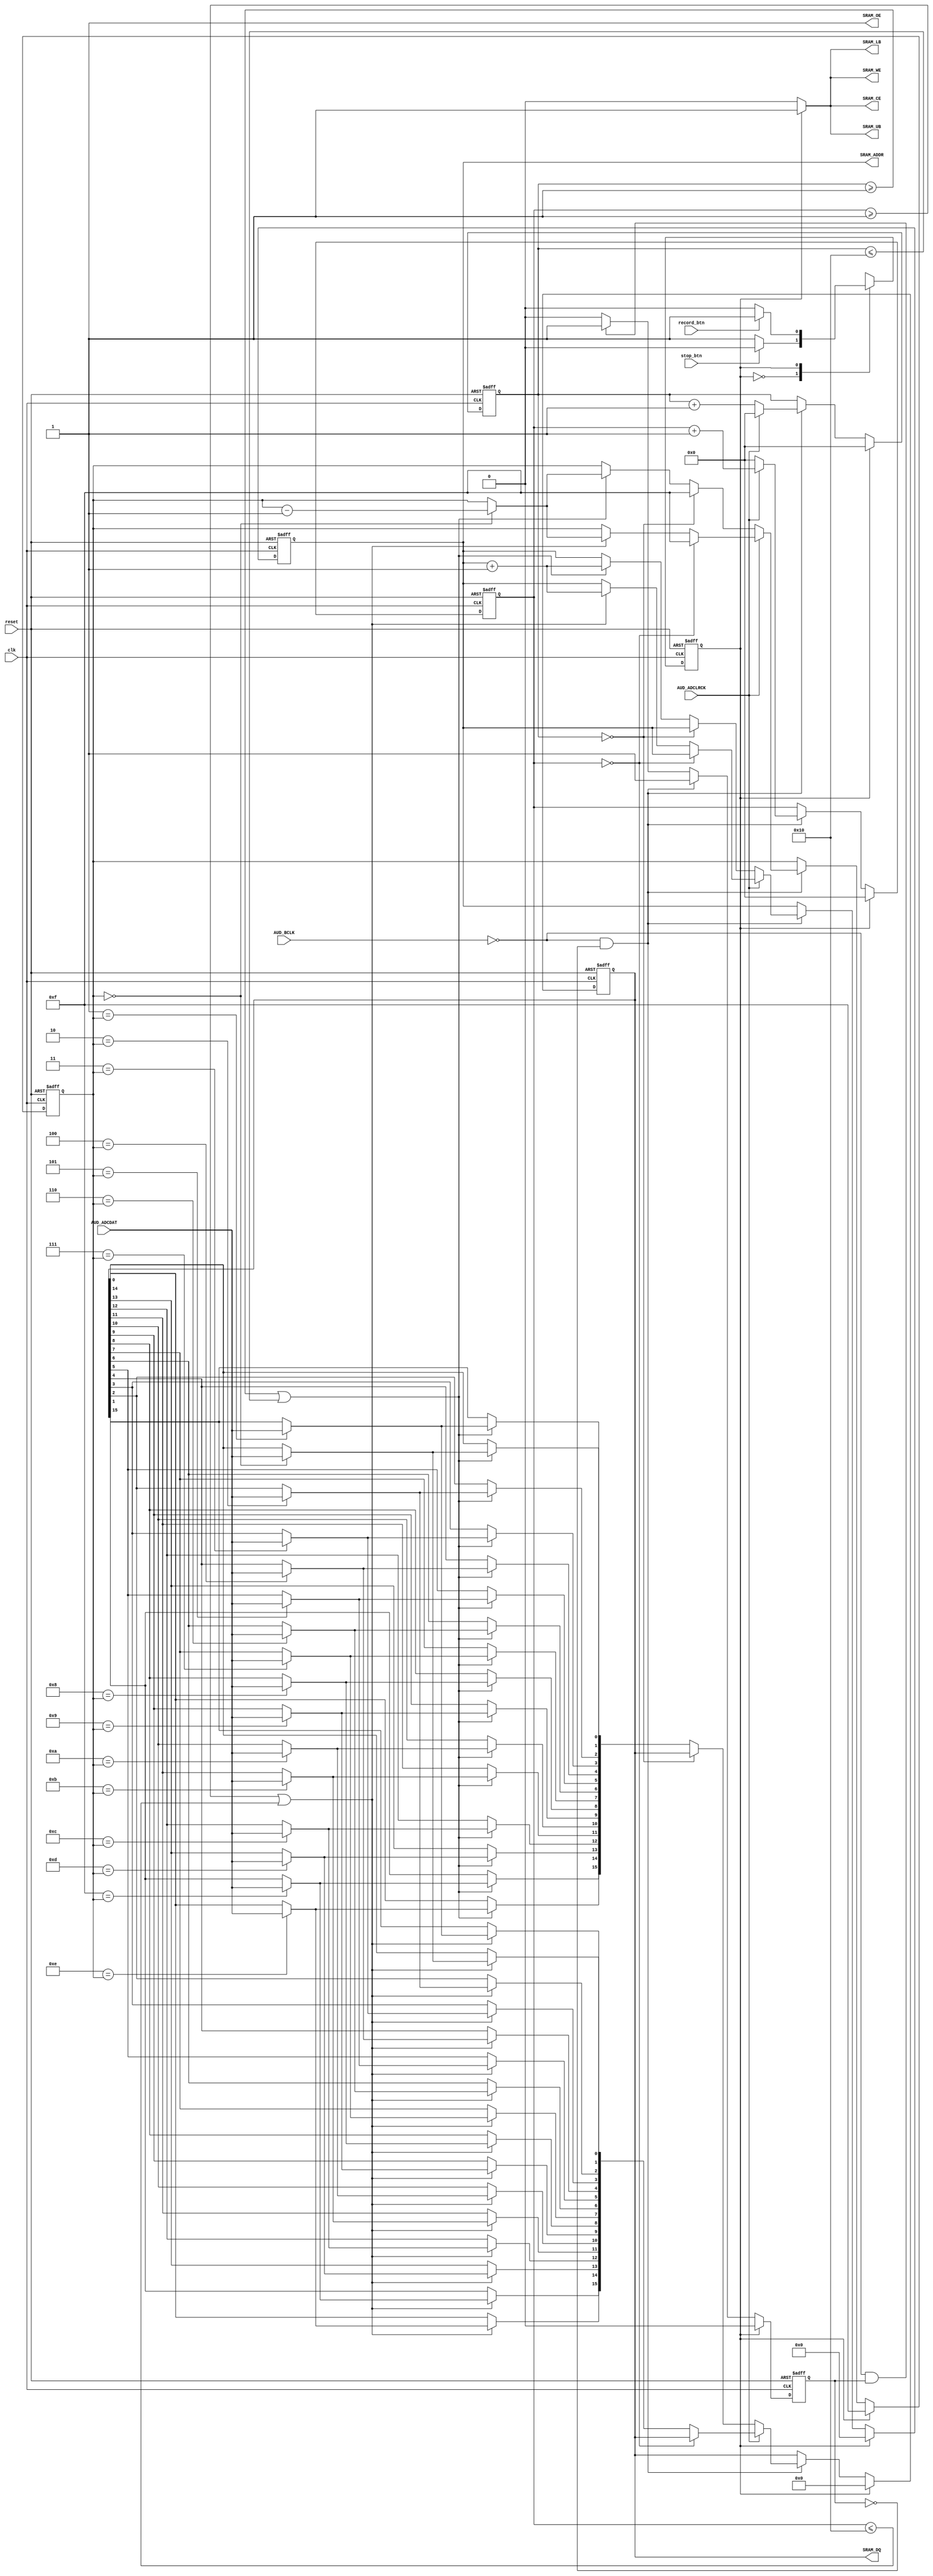
module recording (
reset,
clk,

//CODEC
AUD_BCLK,
AUD_ADCLRCK,
AUD_ADCDAT,

//Memory
SRAM_ADDR,
SRAM_DQ,
SRAM_OE,
SRAM_WE,
SRAM_CE,
SRAM_LB,
SRAM_UB,

//control
record_btn,
stop_btn
);

// ================= parameter definition ===================
    parameter RECORD = 1'b0;
    parameter STOP = 1'b1;
    
// ================= in/out declaration =====================
    // ---------------- input ----------------------------------
    input reset;
    input clk;
    
    // input AUD_XCK;
    input AUD_BCLK;
    input AUD_ADCLRCK;
    input AUD_ADCDAT;
    
    input record_btn;
    input stop_btn;
    
    // ---------------- output --------------------------------- 
    output [19:0] SRAM_ADDR;
    output [15:0] SRAM_DQ; // inout
    output SRAM_OE;
    output SRAM_WE;
    output SRAM_CE;
    output SRAM_LB;
    output SRAM_UB;

// ================= reg/wire declaration ===================
    reg  state;
    reg  next_state;
    reg  [19:0] addr;
    reg  [19:0] next_addr;
    reg  [4:0] clk_Lcounter;
    reg  [4:0] next_clk_Lcounter;
    reg  [4:0] clk_Rcounter;
    reg  [4:0] next_clk_Rcounter;
    reg  flag;
    reg  next_flag;
    reg  [15:0] dat;
    reg  [15:0] next_dat;
    reg  [3:0] DQ_bit;
    reg  [3:0] next_DQ_bit;

    
    integer i;
// ================= combinational part =====================
// finite state machine
always@(*) begin
    case (state)
        RECORD: begin
            if (stop_btn == 0) begin
                next_state = STOP;
            end
            else begin
                next_state = RECORD;
            end
        end
        
        STOP: begin
            if (record_btn == 0) begin
                next_state = RECORD;
            end
            else begin
                next_state = STOP;
            end
        end
    endcase
end

assign SRAM_CE = (state == RECORD)? 1'b0 : 1'b1;
assign SRAM_OE = (state == RECORD)? 1'b1 : 1'b1;
assign SRAM_WE = (state == RECORD)? 1'b0 : 1'b1;
assign SRAM_LB = (state == RECORD)? 1'b0 : 1'b1;
assign SRAM_UB = (state == RECORD)? 1'b0 : 1'b1;

assign SRAM_ADDR = addr;
assign SRAM_DQ = dat;

// record
always@(*) begin
    if (state == RECORD) begin
        if (AUD_BCLK == 0 && flag == 0) begin // a new clk
            // left channel
            if (AUD_ADCLRCK == 0) begin // left channel
                next_clk_Rcounter = 5'd0; // reset clk_Rcounter
                if (clk_Lcounter == 0) begin // waiting
                    next_clk_Lcounter = clk_Lcounter + 1;
                    next_flag = 1'b1;
                    next_addr = addr;
                    next_DQ_bit = 4'd15;
                    next_dat = dat;
                end
                else if (clk_Lcounter >= 1 || clk_Lcounter <= 16) begin // start ADCDAT
                    next_clk_Lcounter = clk_Lcounter + 1;
                    next_flag = 1'b1;
                    next_addr = addr + 1;
                    next_DQ_bit = (DQ_bit == 0)? DQ_bit - 4'd1 : DQ_bit;
                    
                    // assign dat
                    for ( i=0; i<16; i=i+1) begin
                        if (i == DQ_bit)
                            next_dat[i] = AUD_ADCDAT;
                        else
                            next_dat[i] = dat[i];
                    end
                end
                else begin // finish
                    next_clk_Lcounter = clk_Lcounter + 1;
                    next_flag = 1'b1;
                    next_addr = addr;
                    next_DQ_bit = DQ_bit;
                    next_dat = dat;
                end
            end
            // right channel
            else begin // right channel
                next_clk_Lcounter = 5'd0; // reset clk_Lcounter
                if (clk_Rcounter == 0) begin // waiting
                    next_clk_Rcounter = clk_Rcounter + 1;
                    next_flag = 1'b1;
                    next_addr = addr;
                    next_DQ_bit = 4'd15;
                    next_dat = dat;
                end
                else if (clk_Rcounter >= 1 || clk_Rcounter <= 16) begin // start ADCDAT
                    next_clk_Rcounter = clk_Rcounter + 1;
                    next_flag = 1'b1;
                    next_addr = addr + 1;
                    next_DQ_bit = (DQ_bit == 0)? DQ_bit - 4'd1 : DQ_bit;
                    
                    // assign dat
                    for ( i=0; i<16; i=i+1) begin
                        if (i == DQ_bit)
                            next_dat[i] = AUD_ADCDAT;
                        else
                            next_dat[i] = dat[i];
                    end
                end
                else begin // finish
                    next_clk_Rcounter = clk_Rcounter + 1;
                    next_flag = 1'b1;
                    next_addr = addr;
                    next_DQ_bit = DQ_bit;
                    next_dat = dat;
                end
            end
         end
         else if (AUD_BCLK == 0 && flag == 1) begin // same clk
            next_clk_Lcounter = clk_Lcounter;
            next_clk_Rcounter = clk_Rcounter;
            next_flag = 1'b1;
            next_addr = addr;
            next_DQ_bit = DQ_bit;
            next_dat = dat;
         end
         else begin // AUD_BCLK == 1
            next_clk_Lcounter = clk_Lcounter;
            next_clk_Rcounter = clk_Rcounter;
            next_flag = 1'b0;
            next_addr = addr;
            next_DQ_bit = DQ_bit;
            next_dat = dat;
         end
    end
    else begin// state == STOP
        next_clk_Lcounter = 5'b0;
        next_clk_Rcounter = 5'b0;
        next_flag = 1'b0;
        next_addr = 20'b0;
        next_DQ_bit = 4'd15;
        next_dat = 16'b0;
    end
end



// ================= sequentail part ========================
always@( posedge clk or posedge reset ) begin

    // reset
    if ( reset == 1 ) begin
        state <= STOP;
        addr <= 20'b0;
        clk_Lcounter <= 5'b0;
        clk_Rcounter <= 5'b0;
        DQ_bit <= 4'd15;
        flag = 1'b0;
        dat <= 16'b0;
    end
    // run
    else begin
        state <= next_state;
        addr <= next_addr;
        clk_Lcounter <= next_clk_Lcounter;
        clk_Rcounter <= next_clk_Rcounter;
        DQ_bit <= next_DQ_bit;
        flag <= next_flag;
        dat <= next_dat;
    end

end

endmodule